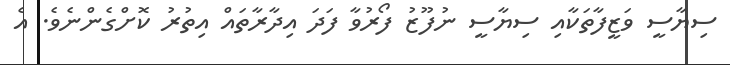
ސިޔާސީ ވަޒީފާތަކާއި ސިޔާސީ ނުފޫޒު ފޯރުވާ ފަދަ އިދާރާތައް އިތުރު ކޮށްގެންނެވެ. އެ